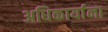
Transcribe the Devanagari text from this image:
अधिकार्याना